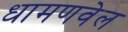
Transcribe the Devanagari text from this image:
धामणवेल